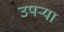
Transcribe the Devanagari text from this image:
उपर्‍या